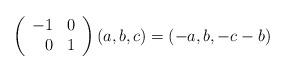
LaTeX: \begin{align*} \left(\begin{array}{rl} - 1 & 0 \\ 0 & 1\end{array}\right) (a,b,c) = (-a,b, -c-b)\end{align*}